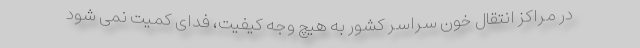
در مراکز انتقال خون سراسر کشور به هیچ وجه کیفیت، فدای کمیت نمی شود